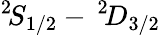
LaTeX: ^2\! S_{1/2}-\, ^{2}\! D_{3/2}